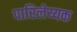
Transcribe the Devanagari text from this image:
पारिलेय्यक